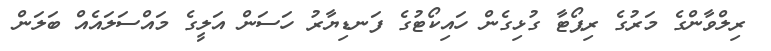
ރިލްވާންގެ މަރުގެ ރިޕޯޓާ ގުޅިގެން ހައިކޯޓުގެ ފަނޑިޔާރު ހަސަން އަލީގެ މައްސަލައެއް ބަލަން